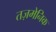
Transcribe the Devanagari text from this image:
तज़मेनिक